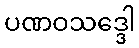
ပဏဝသဒ္ဒေါ